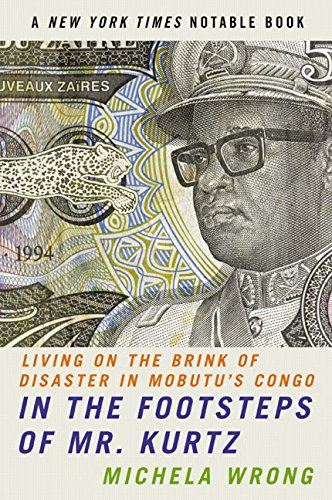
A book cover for In the Footsteps of Mr. Kurtz: Living on the Brink of Disaster in Mobutu's Congo; Michela Wrong; Biographies & Memoirs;